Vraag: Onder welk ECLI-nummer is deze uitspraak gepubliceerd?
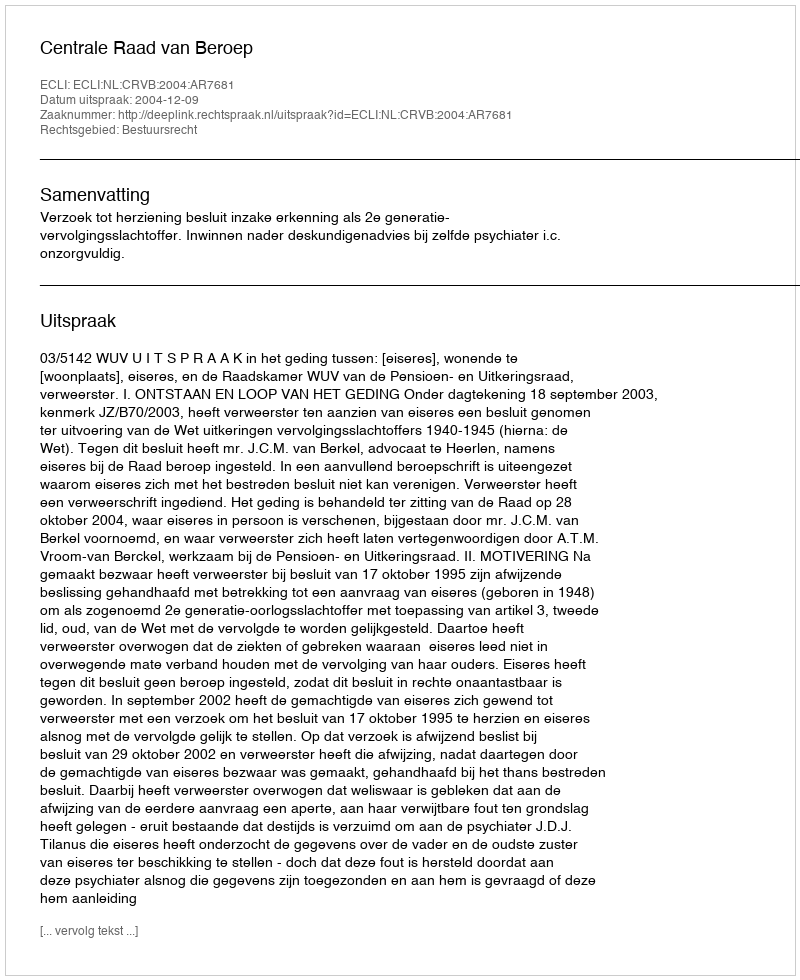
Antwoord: ECLI:NL:CRVB:2004:AR7681